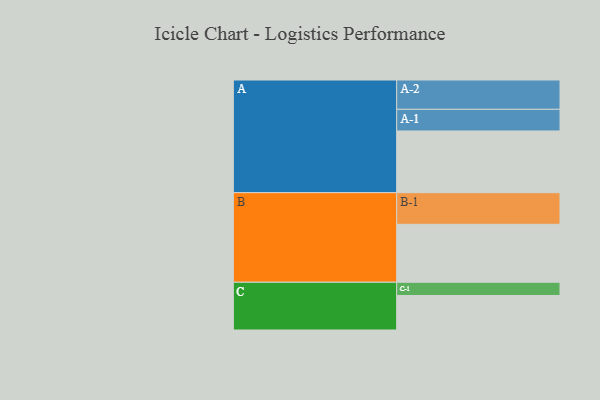
{"axis": {"x": "Segment", "y": "Value"}, "legend": ["", "A", "B", "C"], "data": [{"x": "A", "y": 556, "type": ""}, {"x": "B", "y": 522, "type": ""}, {"x": "C", "y": 311, "type": ""}, {"x": "A-1", "y": 195, "type": "A"}, {"x": "A-2", "y": 264, "type": "A"}, {"x": "B-1", "y": 285, "type": "B"}, {"x": "C-1", "y": 119, "type": "C"}]}